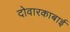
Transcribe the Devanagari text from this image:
दोवारकाबाई